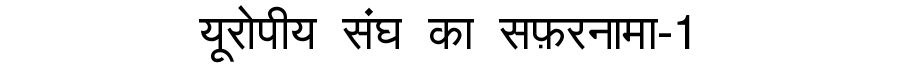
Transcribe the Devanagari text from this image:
यूरोपीय संघ का सफ़रनामा-1